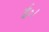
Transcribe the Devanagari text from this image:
ई०।